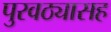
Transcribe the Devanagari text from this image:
पुरवठ्यासह